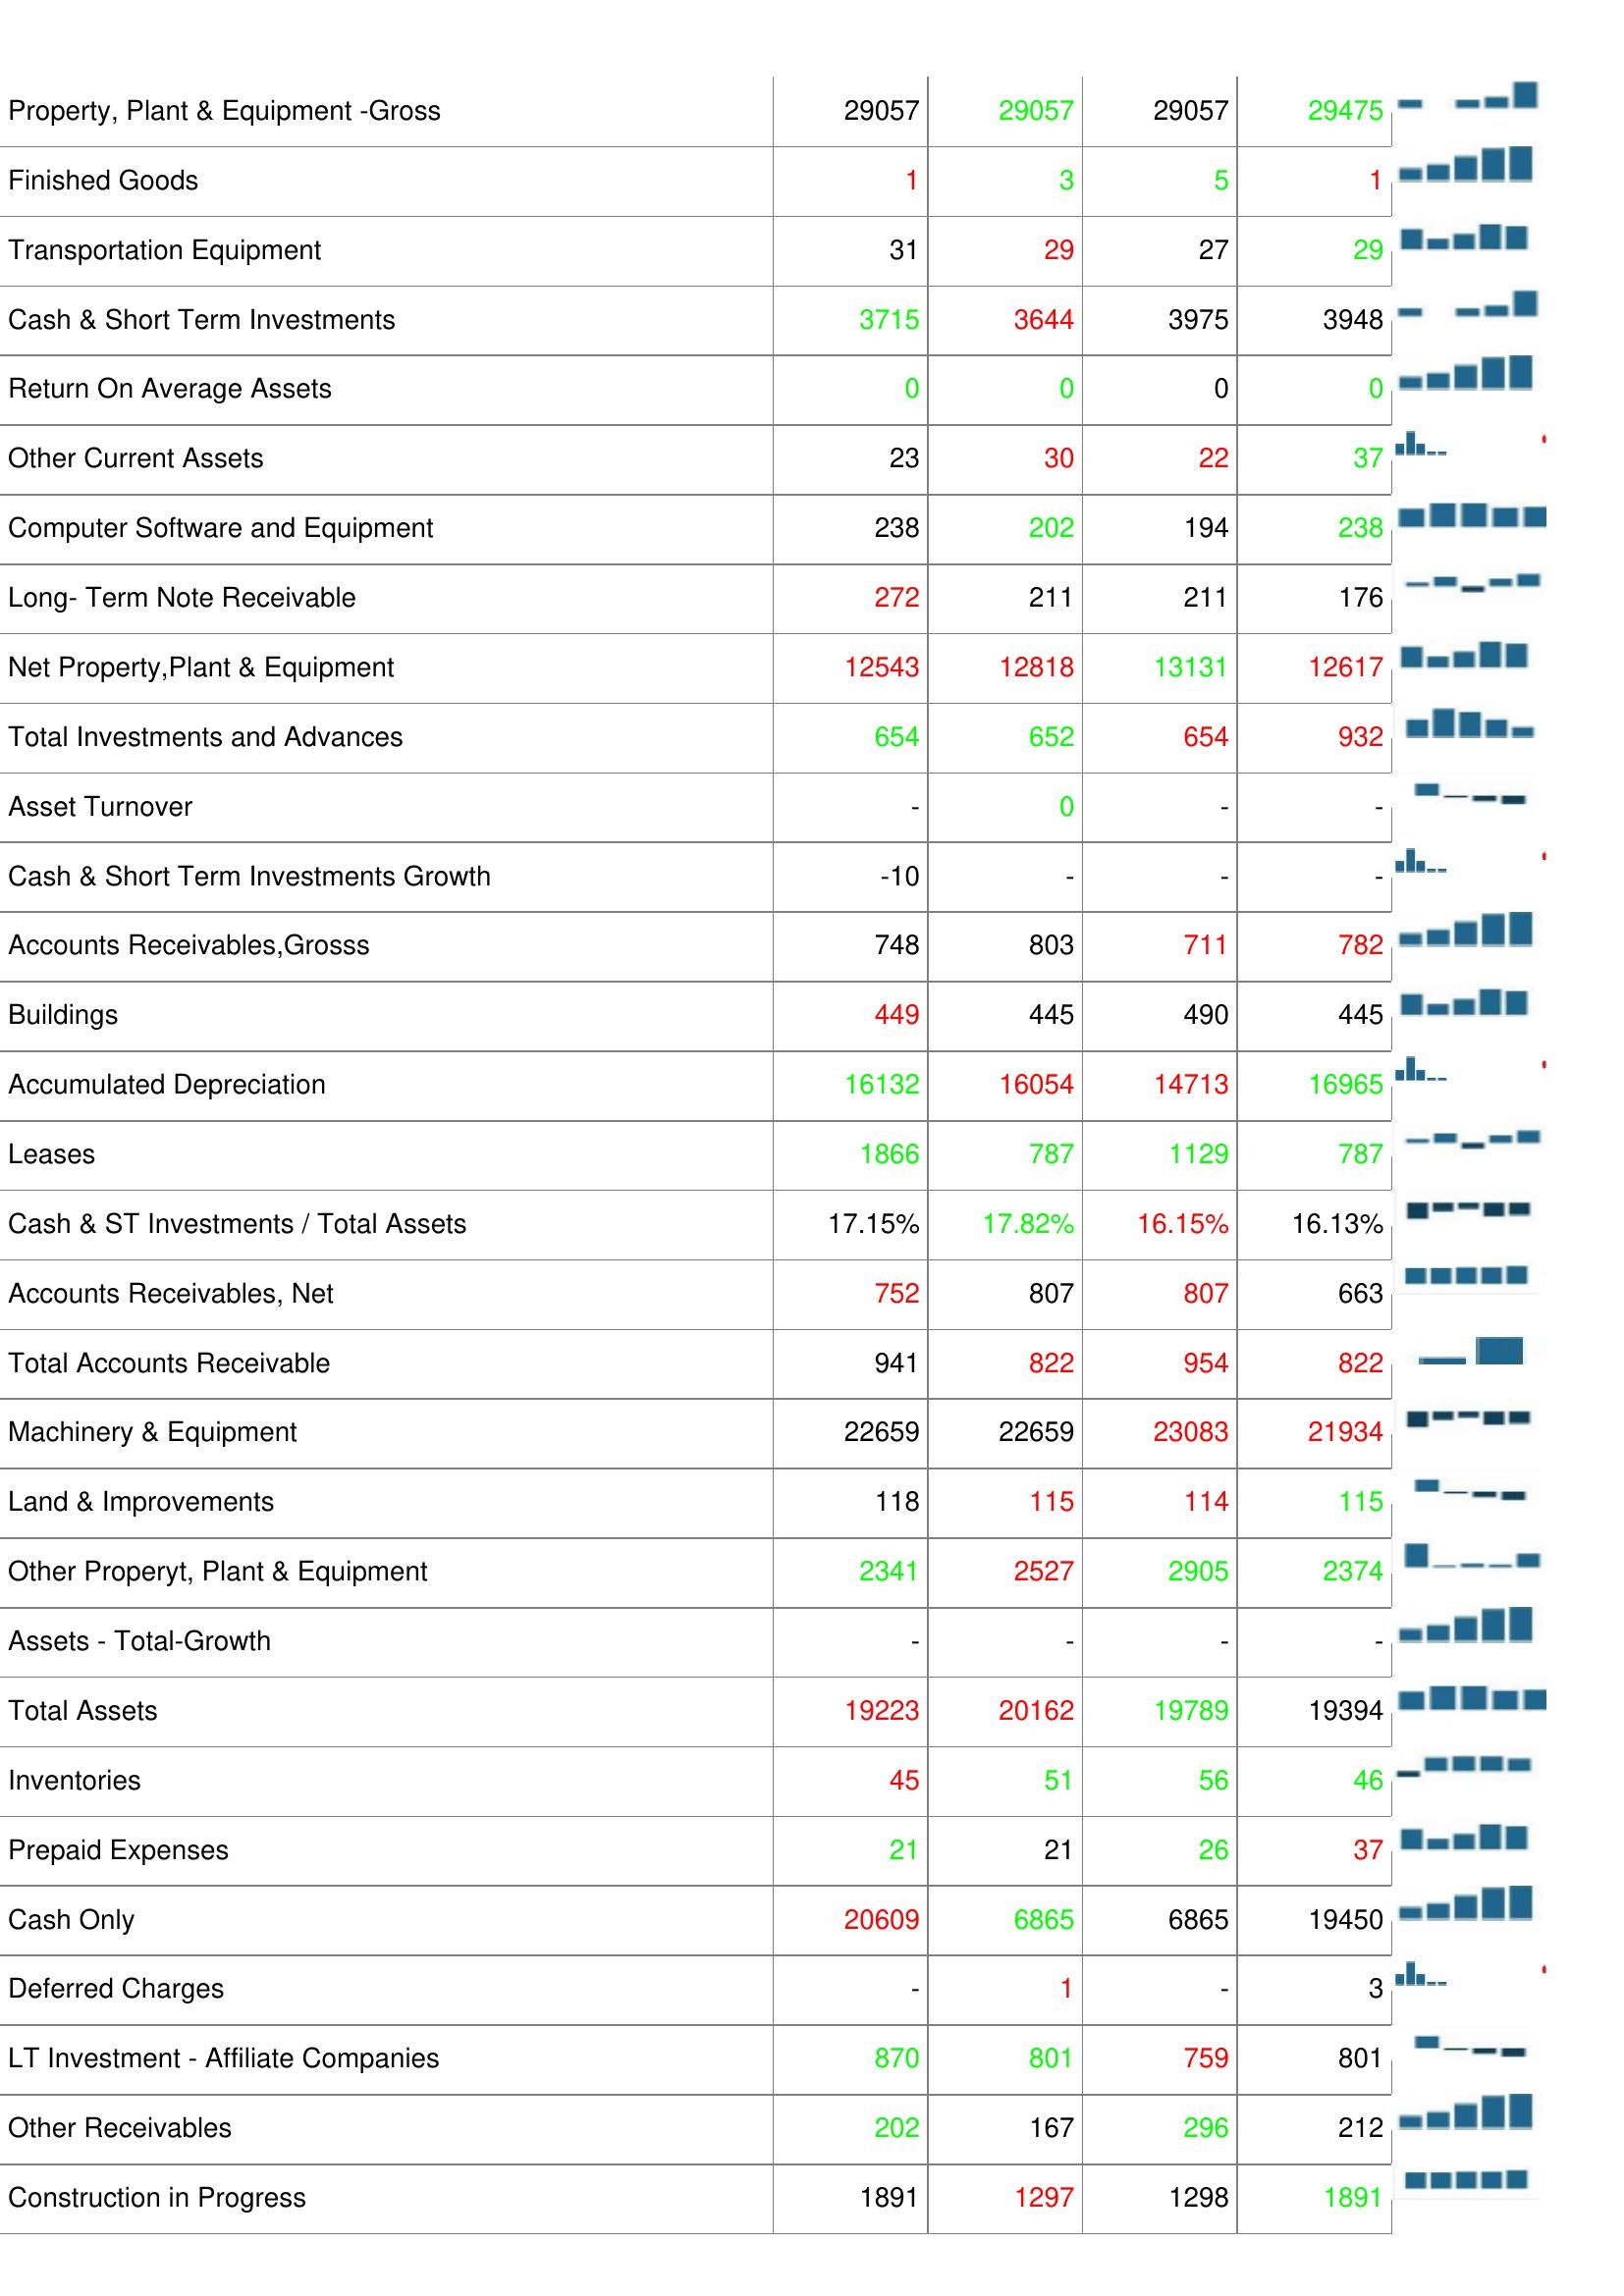
2009: Assets: Total Current Assets: 4020
Other Assets: -
Accounts Receivable Turnover: 6.01
Raw Materials: 63
Bad Debt/Doubtful Accounts: 0
Accounts Receivables Growth: -
Property, Plant & Equipment -Gross: 29057
Finished Goods: 1
Transportation Equipment: 31
Cash & Short Term Investments: 3715
Return On Average Assets: 0
Other Current Assets: 23
Computer Software and Equipment: 238
Long- Term Note Receivable: 272
Net Property,Plant & Equipment: 12543
Total Investments and Advances: 654
Asset Turnover: -
Cash & Short Term Investments Growth: -10
Accounts Receivables,Grosss: 748
Buildings: 449
Accumulated Depreciation: 16132
Leases: 1866
Cash & ST Investments / Total Assets: 17.15%
Accounts Receivables, Net: 752
Total Accounts Receivable: 941
Machinery & Equipment: 22659
Land & Improvements: 118
Other Properyt, Plant & Equipment: 2341
Assets - Total-Growth: -
Total Assets: 19223
Inventories: 45
Prepaid Expenses: 21
Cash Only: 20609
Deferred Charges: -
LT Investment - Affiliate Companies: 870
Other Receivables: 202
Construction in Progress: 1891
2008: Assets: Total Current Assets: 4220
Other Assets: 3
Accounts Receivable Turnover: 6.14
Raw Materials: 41
Bad Debt/Doubtful Accounts: 0
Accounts Receivables Growth: -7
Property, Plant & Equipment -Gross: 29057
Finished Goods: 3
Transportation Equipment: 29
Cash & Short Term Investments: 3644
Return On Average Assets: 0
Other Current Assets: 30
Computer Software and Equipment: 202
Long- Term Note Receivable: 211
Net Property,Plant & Equipment: 12818
Total Investments and Advances: 652
Asset Turnover: 0
Cash & Short Term Investments Growth: -
Accounts Receivables,Grosss: 803
Buildings: 445
Accumulated Depreciation: 16054
Leases: 787
Cash & ST Investments / Total Assets: 17.82%
Accounts Receivables, Net: 807
Total Accounts Receivable: 822
Machinery & Equipment: 22659
Land & Improvements: 115
Other Properyt, Plant & Equipment: 2527
Assets - Total-Growth: -
Total Assets: 20162
Inventories: 51
Prepaid Expenses: 21
Cash Only: 6865
Deferred Charges: 1
LT Investment - Affiliate Companies: 801
Other Receivables: 167
Construction in Progress: 1297
2007: Assets: Total Current Assets: 4052
Other Assets: -
Accounts Receivable Turnover: 5.57
Raw Materials: 43
Bad Debt/Doubtful Accounts: 0
Accounts Receivables Growth: -
Property, Plant & Equipment -Gross: 29057
Finished Goods: 5
Transportation Equipment: 27
Cash & Short Term Investments: 3975
Return On Average Assets: 0
Other Current Assets: 22
Computer Software and Equipment: 194
Long- Term Note Receivable: 211
Net Property,Plant & Equipment: 13131
Total Investments and Advances: 654
Asset Turnover: -
Cash & Short Term Investments Growth: -
Accounts Receivables,Grosss: 711
Buildings: 490
Accumulated Depreciation: 14713
Leases: 1129
Cash & ST Investments / Total Assets: 16.15%
Accounts Receivables, Net: 807
Total Accounts Receivable: 954
Machinery & Equipment: 23083
Land & Improvements: 114
Other Properyt, Plant & Equipment: 2905
Assets - Total-Growth: -
Total Assets: 19789
Inventories: 56
Prepaid Expenses: 26
Cash Only: 6865
Deferred Charges: -
LT Investment - Affiliate Companies: 759
Other Receivables: 296
Construction in Progress: 1298
2006: Assets: Total Current Assets: 4245
Other Assets: 4
Accounts Receivable Turnover: 6.07
Raw Materials: 76
Bad Debt/Doubtful Accounts: 0
Accounts Receivables Growth: -
Property, Plant & Equipment -Gross: 29475
Finished Goods: 1
Transportation Equipment: 29
Cash & Short Term Investments: 3948
Return On Average Assets: 0
Other Current Assets: 37
Computer Software and Equipment: 238
Long- Term Note Receivable: 176
Net Property,Plant & Equipment: 12617
Total Investments and Advances: 932
Asset Turnover: -
Cash & Short Term Investments Growth: -
Accounts Receivables,Grosss: 782
Buildings: 445
Accumulated Depreciation: 16965
Leases: 787
Cash & ST Investments / Total Assets: 16.13%
Accounts Receivables, Net: 663
Total Accounts Receivable: 822
Machinery & Equipment: 21934
Land & Improvements: 115
Other Properyt, Plant & Equipment: 2374
Assets - Total-Growth: -
Total Assets: 19394
Inventories: 46
Prepaid Expenses: 37
Cash Only: 19450
Deferred Charges: 3
LT Investment - Affiliate Companies: 801
Other Receivables: 212
Construction in Progress: 1891